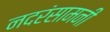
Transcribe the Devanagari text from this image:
नदरंसामनी